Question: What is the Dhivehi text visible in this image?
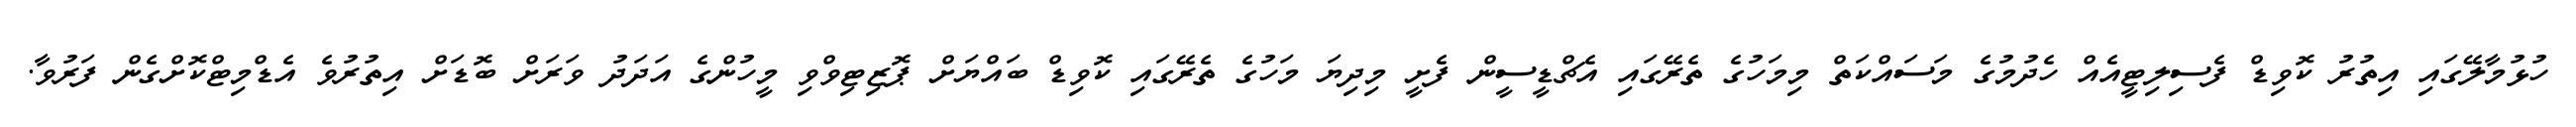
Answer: ހުޅުމާލޭގައި އިތުރު ކޮވިޑް ފެސިލިޓީއެއް ހެދުމުގެ މަސައްކަތް މިމަހުގެ ތެރޭގައި އެޗްޑީސީން ފެށީ މިދިޔަ މަހުގެ ތެރޭގައި ކޮވިޑް ބައްޔަށް ޕޮޒިޓިވްވި މީހުންގެ އަދަދު ވަރަށް ބޮޑަށް އިތުރުވެ އެޑްމިޓްކޮށްގެން ފަރުވާ.